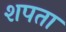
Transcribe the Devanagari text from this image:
शपता